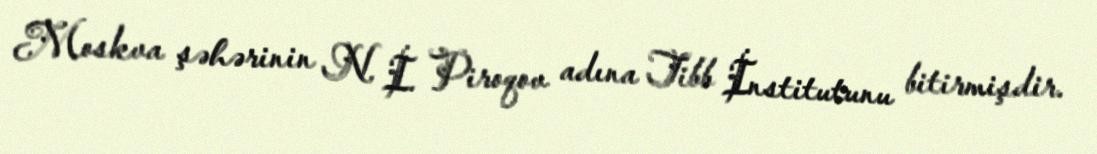
Moskva şəhərinin N. İ. Piroqov adına Tibb İnstitutunu bitirmişdir.